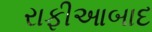
રાફીઆબાદ